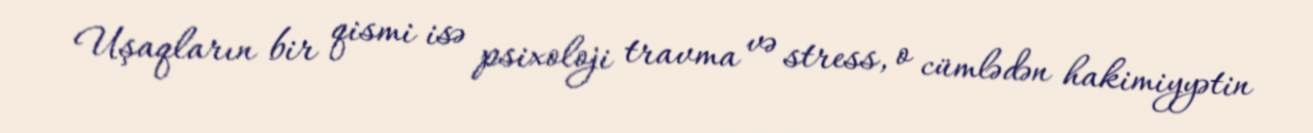
Uşaqların bir qismi isə psixoloji travma və stress, o cümlədən hakimiyyətin